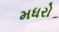
મધરો